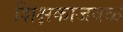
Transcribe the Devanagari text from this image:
शिक्षकाजवळ